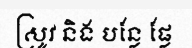
ស្រូវ និង បន្លែ ផ្លែ